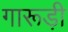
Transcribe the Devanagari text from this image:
गारूड़ी